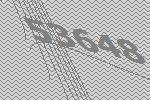
53648